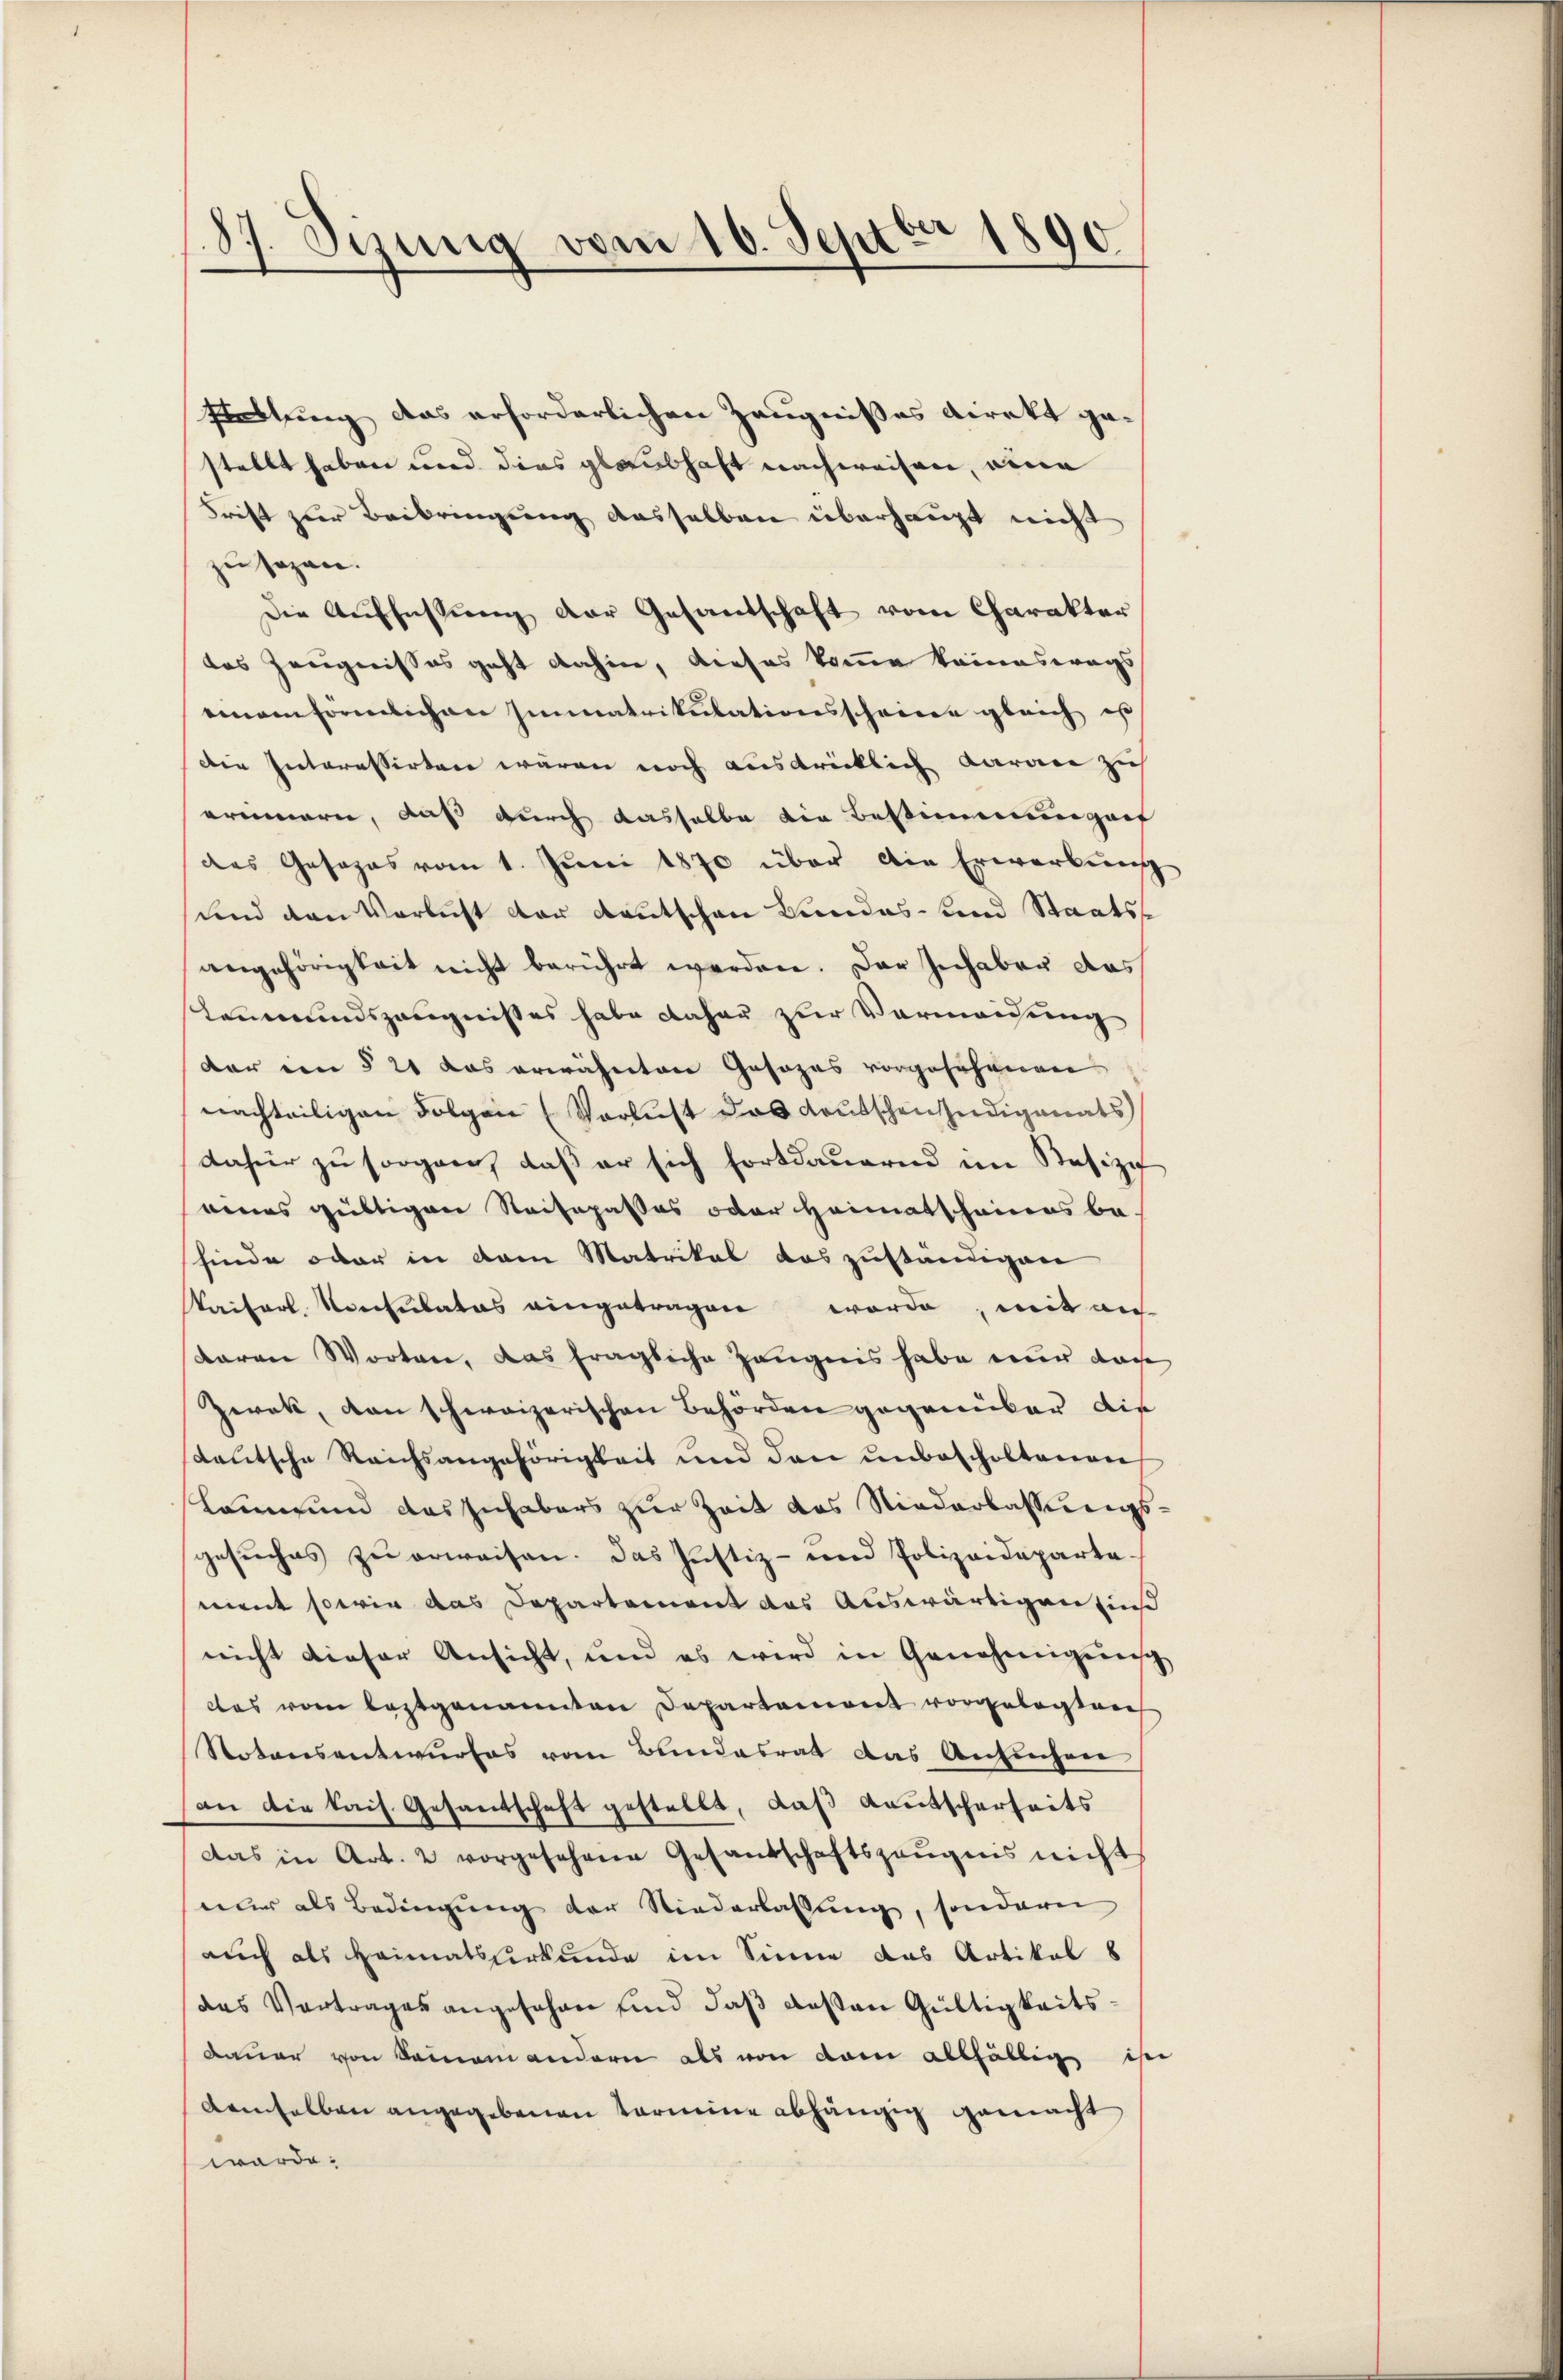
87. Sizung vom 16. Septbr 1890

Elastung das erforderlichen Zeugnißes direkt gestellt haben und dies glaubhaft nachweisen, eine
Frist zur Beibringung dasselben überhaupt nicht
zu sagen.
Die Auffassung der Gesandschaft vom Charakter
das Zeugnisses geht dahin, dieses komme keineswegs
einem förmlichen Immatrikulationsscheine gleich es
Die Interessirten waren noch ausdrücklich darare zieh
erinnern, daß durch dasselbe die Bestimmungen
des Gesezes vom 1. Juni 1870 über die Erwerbung
und den Verlust der deutschen Landes- und Staatsangehörigkeit nicht berührt werden. Der Inhaber das
Leumundszeugnisses habe daher zur Vermeidung
dar im § 21 das erwähnten Gasozas vorgesehenen
nachteiligen Folgen (Verlust das Kautschen indigenats
Dafür zu sorgen, daß er sich fortdauernd in Besizi
eines gültigen Staifopasses oder Heimatscheines be-
finde oder in dem Matrikal das zuständigen
Kaiserl. Konsulatos eingetragen worde, mit au
daran Worten, das fragliche Zeugnis habe nur dache
Zwak, dan schweizerischen Behörden gegenüber die
steutsche Reichsangehörigkeit und den unbescholtenen
kann und das Inhabers zur Zeit des Niederlassungsgesŭches zŭ erweisen. Das Justiz- und Polizeideparta-
ment sowie das Departement das Auswärtigentius
nicht dieser Ansicht, und es wird in Genehmigennisch
das vom leztgenannten Departament vorgelegten
Notonsentwurfes vom Bundesrat das Anfechen
an die kais. Gesandschaft gestellt, daß Kautscherheits
Das in Art. 2 vorgesehene Gesandschaftszeŭgnis nicht
mler als Bedingung der Niederlassung, sondern
auch als Heimatsurkunde im Sinne das Artikel 8
das Vertrages angesehen sind daß deßen Gültigkeitsdauer von Seinem andern als von dem allfällig ihr
demselben angegebenen Termine abhängig gemacht
wärde: